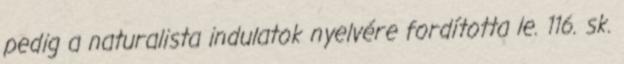
pedig a naturalista indulatok nyelvére fordította le. 116. sk.